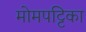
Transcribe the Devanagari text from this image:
मोमपट्टिका